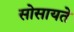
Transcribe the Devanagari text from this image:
सोसायते